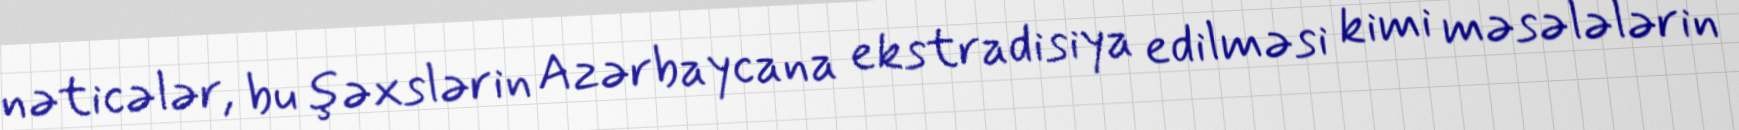
nəticələr, bu şəxslərin Azərbaycana ekstradisiya edilməsi kimi məsələlərin